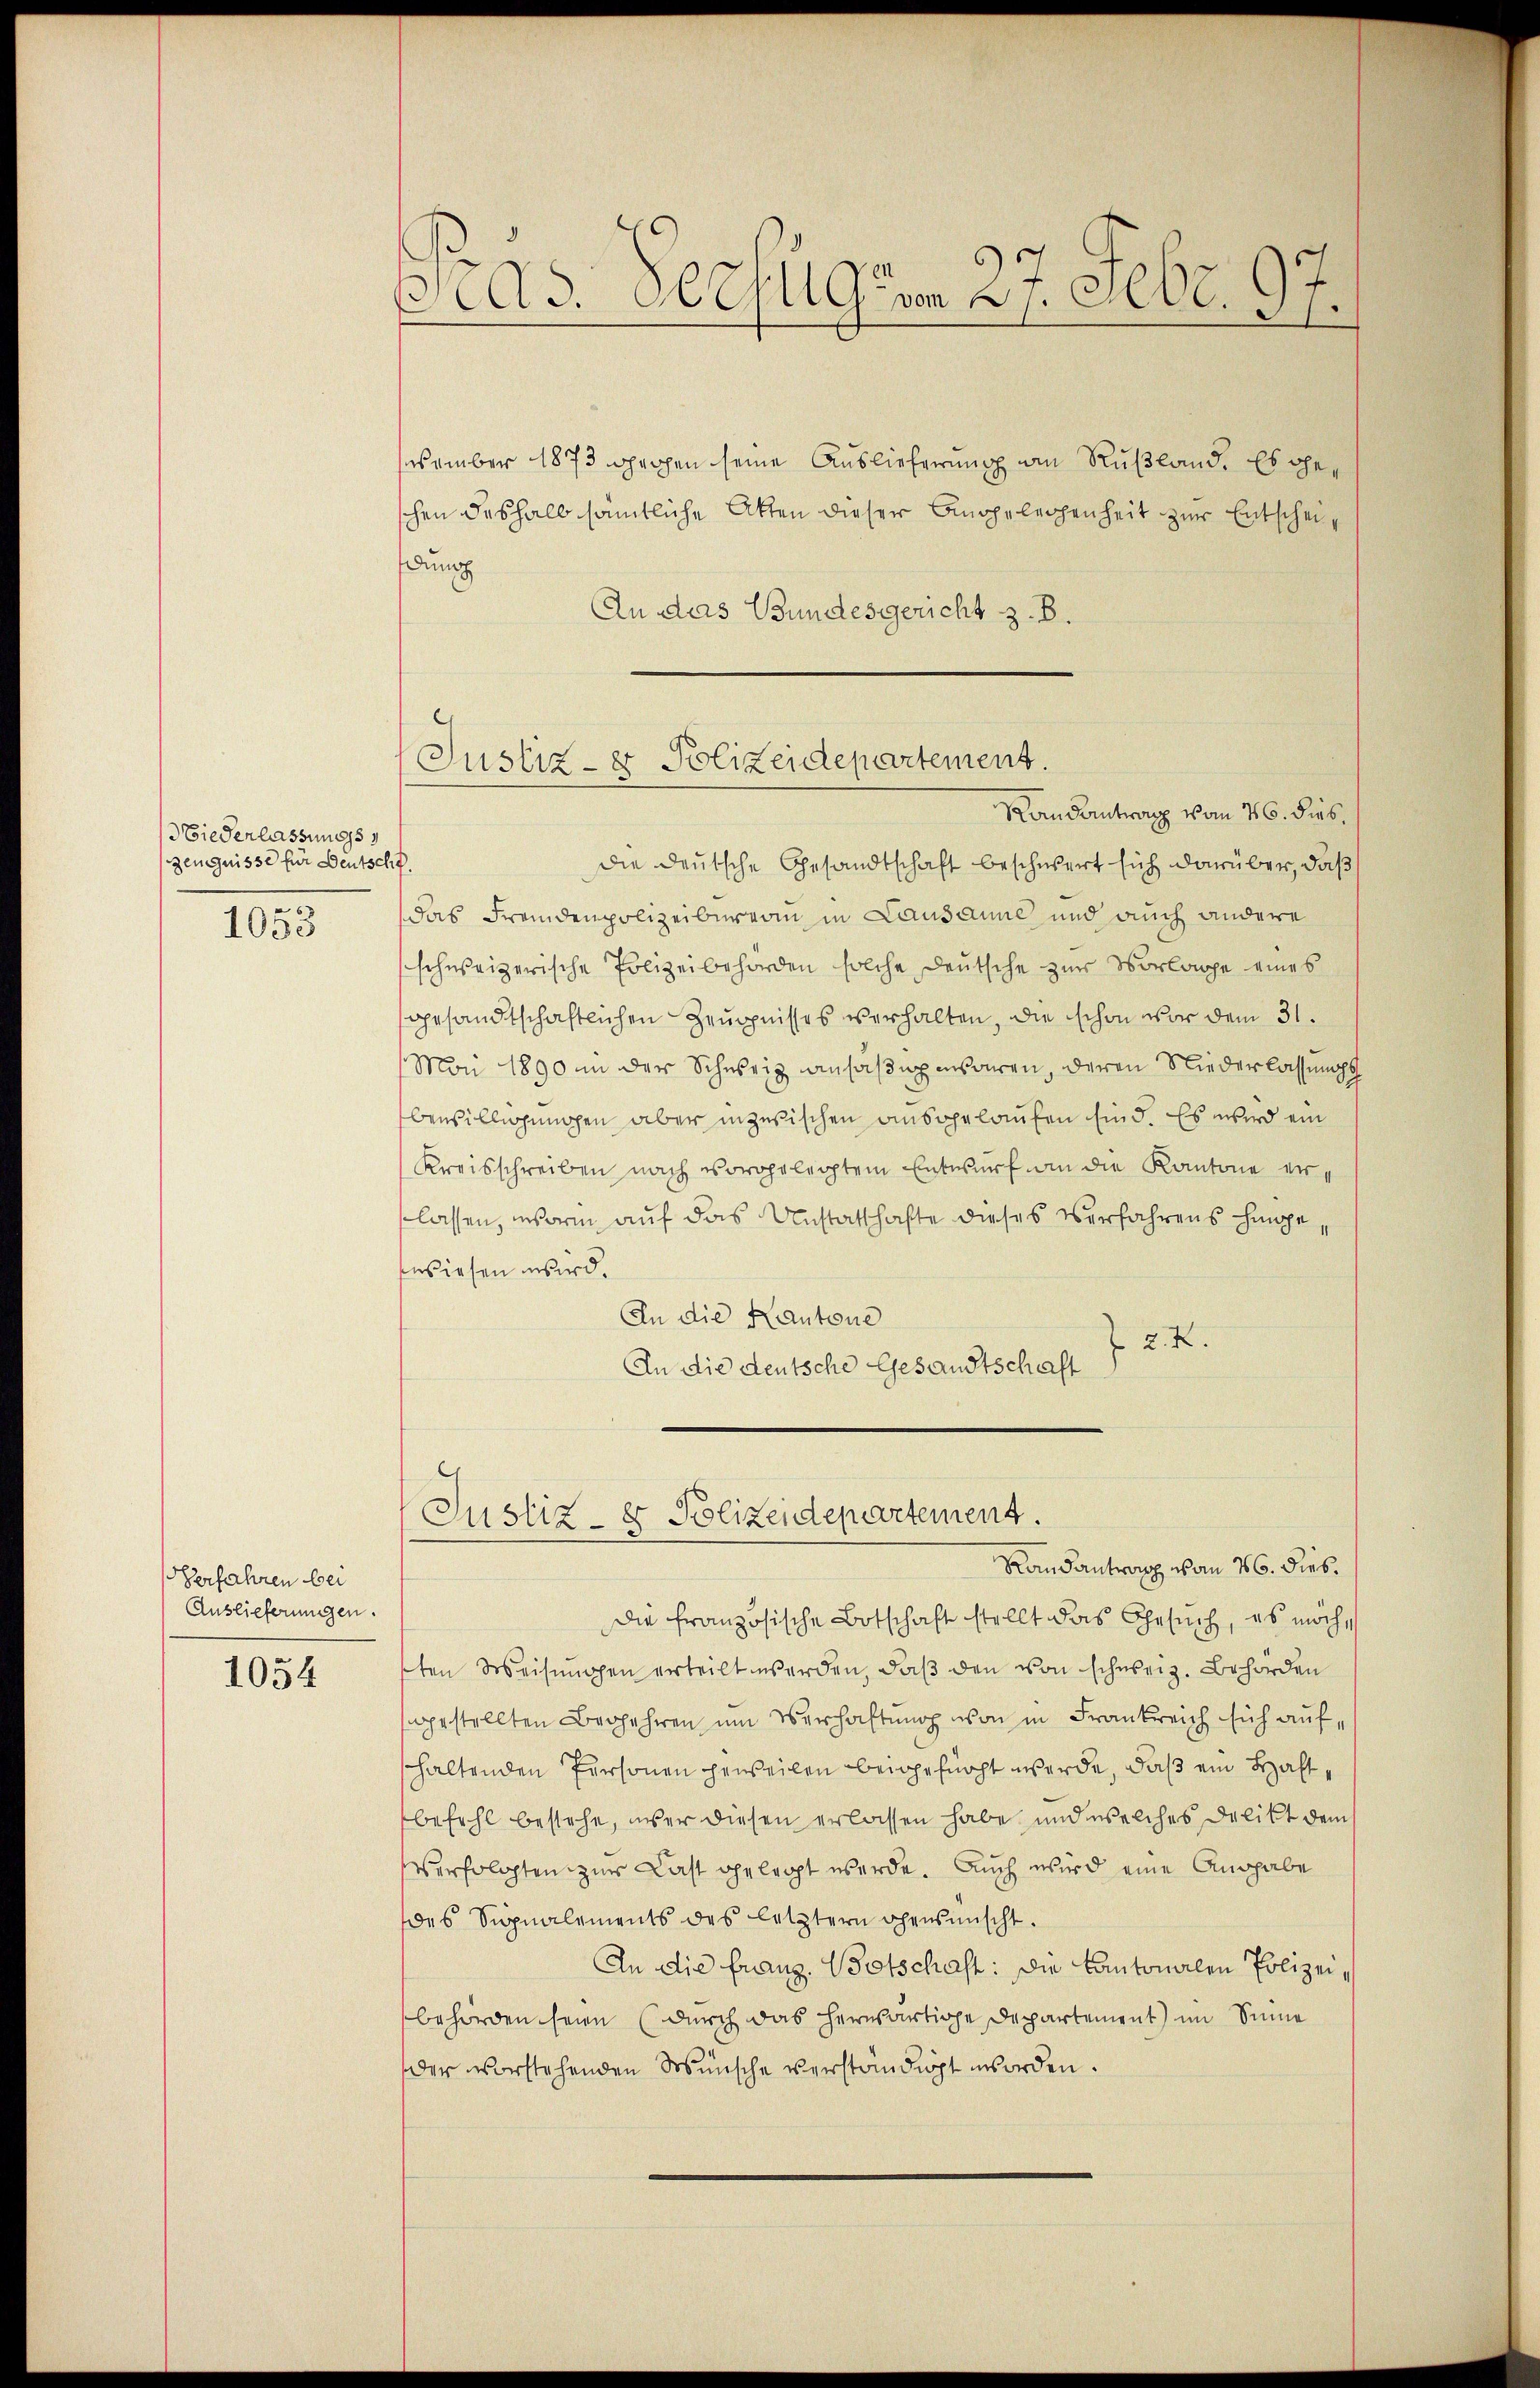
Niederlassungs
gengnisse für Deutschf
1053

erfahren bei
Auslieferungen.

1054

Pras. Pechlgum 27. Febr. 97.

vember 1873 spechen seine Auslieferung an Rußland. Es geschen deshalb sämmtliche Akten dieser Angeleichenheit zur Entscheifung
An das Bundesgericht z. B.

Justiz- & Polizeidepartement.

Randantrag von 16. Diebdie deutsche Gesandtschaft beschwert sich darüber, daß
Das Fremdenpolizeiburgen in Lausanne und auch andere
schweizerische Polizeibehörden solche deutsche zur Vorlage eines
gesandtschaftlichen Zeugnisses verhalten, die schon vor dem 31.
Mai 1890 in der Schweiz ansäßige waren, deren Niederlassungs
Bewilligungen aber inzwischen ausgelaufen sind. Es wird ein
Kreisschreiben nach vorgelegtem Entwurf an die Kantone erlassen, worin auf das Unstatthafte dieses Verfahrens hingewiesen wird.
In die Kantone
 2. X.
An die deutsche Gesandtschaft
Justiz- & Polizeidepartement.
Kansantrag von 16. dies.
die französische Botschaft stellt das Gesuch, es möchsten Weisungen erteilt werden, daß den von schweiz. Behörden
gestellten Begehren um Verhaftung von in Frankreich sich aufhaltenden Personen geweilen beigefügt werde, daß ein Haftbefehl bestehe, über diesen erlassen habe, und welches Delikt dem
verfolgten zur Last gelegt werde. Auch wird eine Ausgabe
des Signalements des letztern ohensünscht.
An die Franz. Botschaft: Die Kantonalen Polizeibehörden seien (durch das herwärtige Departement) im Sinne
der vorstehenden Wünsche verständigt worden.